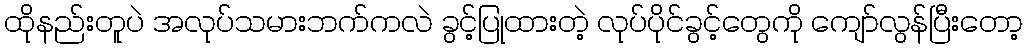
ထိုနည်းတူပဲ အလုပ်သမားဘက်ကလဲ ခွင့်ပြုထားတဲ့ လုပ်ပိုင်ခွင့်တွေကို ကျော်လွန်ပြီးတော့